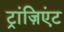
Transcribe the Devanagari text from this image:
ट्रांज़िएंट